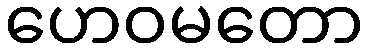
ဟေဝမတော